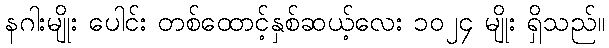
နဂါးမျိုး ပေါင်း တစ်ထောင့်နှစ်ဆယ့်လေး ၁၀၂၄ မျိုး ရှိသည်။